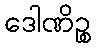
ဒေါဏိဉ္စ